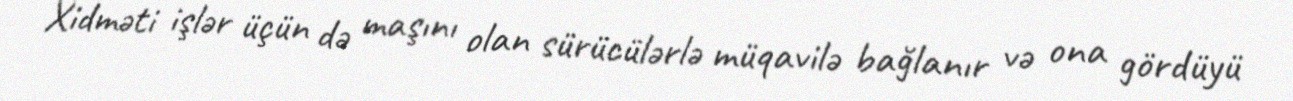
Xidməti işlər üçün də maşını olan sürücülərlə müqavilə bağlanır və ona gördüyü